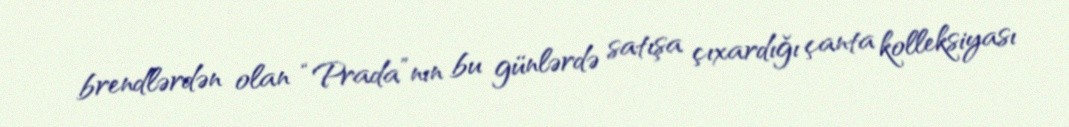
brendlərdən olan “Prada”nın bu günlərdə satışa çıxardığı çanta kolleksiyası